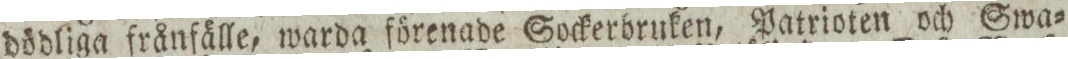
dödliga frånfälle, warda förenade Sockerbruken, Patrioten och Swa=